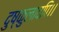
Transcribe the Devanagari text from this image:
दुष्कुलादपि।।